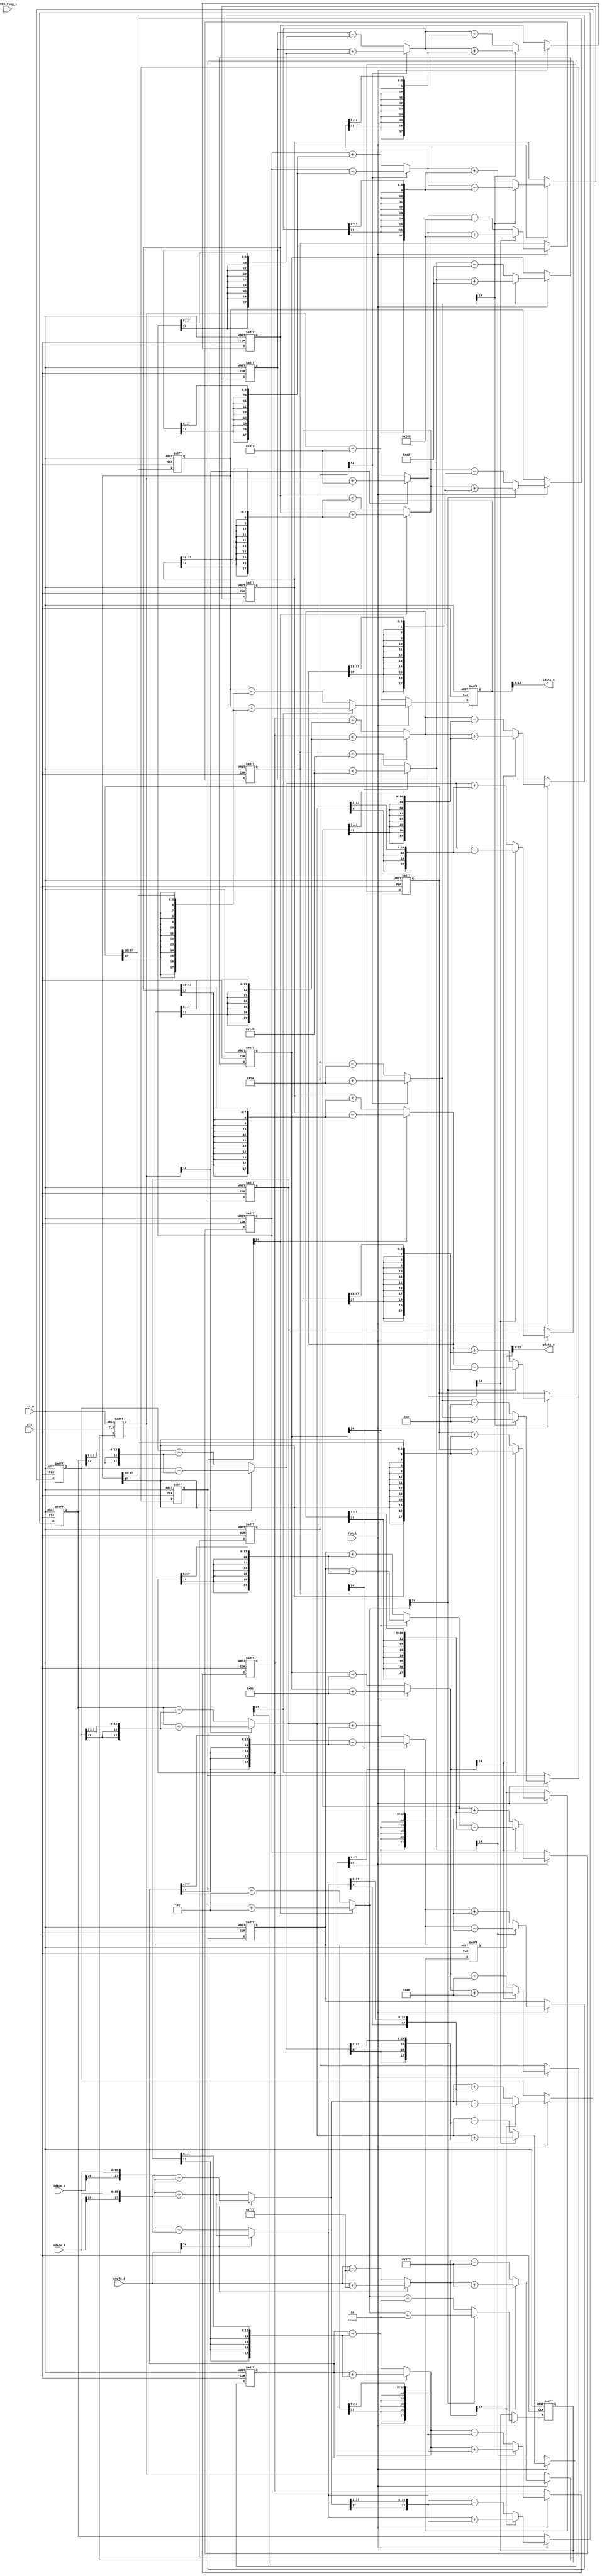
//-----------------------------------------------------------------------
// Description : 13 interations: tan(k) = 1/2^k, k = 0~12
//               product of all the cso approximatively equal to 1244/2048
//               angle positive:     clockwise, i' = cos * ( i + q*tan ), q' = cos * ( q - i*tan ), ' =  - (k)
//               angle negative: anticlockwise, i' = cos * ( i - q*tan ), q' = cos * ( q + i*tan ), ' =  + (k)
// Notes       : output 7 clocks behind input
//-----------------------------------------------------------------------
// Revision    : v0.1
//-----------------------------------------------------------------------

module CORDIC
(
    //reset and clock
    input   wire                    rst_n,
    input   wire                    clk,

    //if run == 0, pause
    input   wire                    run_i,

    //status
    input   wire                    r965_flag_i,

    //sc input
    input   wire    [16:0]          idata_i,
    input   wire    [16:0]          qdata_i,

    input   wire    [14:0]          angle_i,

    //sc output
    output  wire    [15:0]          idata_o,
    output  wire    [15:0]          qdata_o
);

//1 clk delay: rotate 1/2^0 and 1/2^1 -----------------------------------
wire    [17:0]      w_rot0_i_add_q;
wire    [17:0]      w_rot0_i_minus_q;
wire    [17:0]      w_rot0_q_add_i;
wire    [17:0]      w_rot0_q_minus_i;
wire    [14:0]      w_rot0_add_half;
wire    [14:0]      w_rot0_minus_half;
wire    [17:0]      w_rot0_i;
wire    [17:0]      w_rot0_q;
wire    [14:0]      w_rot0_angle;

wire    [17:0]      w_rot1_i_add_q;
wire    [17:0]      w_rot1_i_minus_q;
wire    [17:0]      w_rot1_q_add_i;
wire    [17:0]      w_rot1_q_minus_i;
wire    [14:0]      w_rot1_add_half;
wire    [14:0]      w_rot1_minus_half;
wire    [17:0]      w_rot1_i;
wire    [17:0]      w_rot1_q;
wire    [14:0]      w_rot1_angle;

reg     [17:0]      r_rot1_i;
reg     [17:0]      r_rot1_q;
reg     [14:0]      r_rot1_angle;

//rotate 1/2^0
assign  w_rot0_i_add_q      = {idata_i[16],idata_i} + {qdata_i[16],qdata_i};
assign  w_rot0_i_minus_q    = {idata_i[16],idata_i} - {qdata_i[16],qdata_i};
assign  w_rot0_q_add_i      = {qdata_i[16],qdata_i} + {idata_i[16],idata_i};
assign  w_rot0_q_minus_i    = {qdata_i[16],qdata_i} - {idata_i[16],idata_i};
assign  w_rot0_add_half     = angle_i + 15'd4095;
assign  w_rot0_minus_half   = angle_i - 15'd4095;
assign  w_rot0_i            = angle_i[14] ? w_rot0_i_add_q   : w_rot0_i_minus_q  ;
assign  w_rot0_q            = angle_i[14] ? w_rot0_q_minus_i : w_rot0_q_add_i    ;
assign  w_rot0_angle        = angle_i[14] ? w_rot0_add_half  : w_rot0_minus_half ;

//rotate 1/2^1
assign  w_rot1_i_add_q      = w_rot0_i + {w_rot0_q[17],w_rot0_q[17:1]};
assign  w_rot1_i_minus_q    = w_rot0_i - {w_rot0_q[17],w_rot0_q[17:1]};
assign  w_rot1_q_add_i      = w_rot0_q + {w_rot0_i[17],w_rot0_i[17:1]};
assign  w_rot1_q_minus_i    = w_rot0_q - {w_rot0_i[17],w_rot0_i[17:1]};
assign  w_rot1_add_half     = w_rot0_angle + 15'd2418;
assign  w_rot1_minus_half   = w_rot0_angle - 15'd2418;
assign  w_rot1_i            = w_rot0_angle[14] ? w_rot1_i_add_q   : w_rot1_i_minus_q  ;
assign  w_rot1_q            = w_rot0_angle[14] ? w_rot1_q_minus_i : w_rot1_q_add_i    ;
assign  w_rot1_angle        = w_rot0_angle[14] ? w_rot1_add_half  : w_rot1_minus_half ;

always @ ( posedge clk or negedge rst_n )
begin
    if ( ~rst_n )
    begin
        r_rot1_i        <= 18'd0;
        r_rot1_q        <= 18'd0;
        r_rot1_angle    <= 15'd0;
    end
    else if ( run_i )
    begin
        r_rot1_i        <= w_rot1_i;
        r_rot1_q        <= w_rot1_q;
        r_rot1_angle    <= w_rot1_angle;
    end
end

//2 clk delay: rotate 1/2^2 and 1/2^3 -----------------------------------
wire    [17:0]      w_rot2_i_add_q;
wire    [17:0]      w_rot2_i_minus_q;
wire    [17:0]      w_rot2_q_add_i;
wire    [17:0]      w_rot2_q_minus_i;
wire    [14:0]      w_rot2_add_half;
wire    [14:0]      w_rot2_minus_half;
wire    [17:0]      w_rot2_i;
wire    [17:0]      w_rot2_q;
wire    [14:0]      w_rot2_angle;

wire    [17:0]      w_rot3_i_add_q;
wire    [17:0]      w_rot3_i_minus_q;
wire    [17:0]      w_rot3_q_add_i;
wire    [17:0]      w_rot3_q_minus_i;
wire    [14:0]      w_rot3_add_half;
wire    [14:0]      w_rot3_minus_half;
wire    [17:0]      w_rot3_i;
wire    [17:0]      w_rot3_q;
wire    [14:0]      w_rot3_angle;

reg     [17:0]      r_rot3_i;
reg     [17:0]      r_rot3_q;
reg     [14:0]      r_rot3_angle;

//rotate 1/2^2
assign  w_rot2_i_add_q      = r_rot1_i + {{2{r_rot1_q[17]}},r_rot1_q[17:2]};
assign  w_rot2_i_minus_q    = r_rot1_i - {{2{r_rot1_q[17]}},r_rot1_q[17:2]};
assign  w_rot2_q_add_i      = r_rot1_q + {{2{r_rot1_i[17]}},r_rot1_i[17:2]};
assign  w_rot2_q_minus_i    = r_rot1_q - {{2{r_rot1_i[17]}},r_rot1_i[17:2]};
assign  w_rot2_add_half     = r_rot1_angle + 15'd1277;
assign  w_rot2_minus_half   = r_rot1_angle - 15'd1277;
assign  w_rot2_i            = r_rot1_angle[14] ? w_rot2_i_add_q   : w_rot2_i_minus_q  ;
assign  w_rot2_q            = r_rot1_angle[14] ? w_rot2_q_minus_i : w_rot2_q_add_i    ;
assign  w_rot2_angle        = r_rot1_angle[14] ? w_rot2_add_half  : w_rot2_minus_half ;

//rotate 1/2^3
assign  w_rot3_i_add_q      = w_rot2_i + {{3{w_rot2_q[17]}},w_rot2_q[17:3]};
assign  w_rot3_i_minus_q    = w_rot2_i - {{3{w_rot2_q[17]}},w_rot2_q[17:3]};
assign  w_rot3_q_add_i      = w_rot2_q + {{3{w_rot2_i[17]}},w_rot2_i[17:3]};
assign  w_rot3_q_minus_i    = w_rot2_q - {{3{w_rot2_i[17]}},w_rot2_i[17:3]};
assign  w_rot3_add_half     = w_rot2_angle + 15'd648;
assign  w_rot3_minus_half   = w_rot2_angle - 15'd648;
assign  w_rot3_i            = w_rot2_angle[14] ? w_rot3_i_add_q   : w_rot3_i_minus_q  ;
assign  w_rot3_q            = w_rot2_angle[14] ? w_rot3_q_minus_i : w_rot3_q_add_i    ;
assign  w_rot3_angle        = w_rot2_angle[14] ? w_rot3_add_half  : w_rot3_minus_half ;

always @ ( posedge clk or negedge rst_n )
begin
    if ( ~rst_n )
    begin
        r_rot3_i        <= 18'd0;
        r_rot3_q        <= 18'd0;
        r_rot3_angle    <= 15'd0;
    end
    else if ( run_i )
    begin
        r_rot3_i        <= w_rot3_i;
        r_rot3_q        <= w_rot3_q;
        r_rot3_angle    <= w_rot3_angle;
    end
end

//3 clk delay: rotate 1/2^4 and 1/2^5 -----------------------------------
wire    [17:0]      w_rot4_i_add_q;
wire    [17:0]      w_rot4_i_minus_q;
wire    [17:0]      w_rot4_q_add_i;
wire    [17:0]      w_rot4_q_minus_i;
wire    [14:0]      w_rot4_add_half;
wire    [14:0]      w_rot4_minus_half;
wire    [17:0]      w_rot4_i;
wire    [17:0]      w_rot4_q;
wire    [14:0]      w_rot4_angle;

wire    [17:0]      w_rot5_i_add_q;
wire    [17:0]      w_rot5_i_minus_q;
wire    [17:0]      w_rot5_q_add_i;
wire    [17:0]      w_rot5_q_minus_i;
wire    [14:0]      w_rot5_add_half;
wire    [14:0]      w_rot5_minus_half;
wire    [17:0]      w_rot5_i;
wire    [17:0]      w_rot5_q;
wire    [14:0]      w_rot5_angle;

reg     [17:0]      r_rot5_i;
reg     [17:0]      r_rot5_q;
reg     [14:0]      r_rot5_angle;

//rotate 1/2^4
assign  w_rot4_i_add_q      = r_rot3_i + {{4{r_rot3_q[17]}},r_rot3_q[17:4]};
assign  w_rot4_i_minus_q    = r_rot3_i - {{4{r_rot3_q[17]}},r_rot3_q[17:4]};
assign  w_rot4_q_add_i      = r_rot3_q + {{4{r_rot3_i[17]}},r_rot3_i[17:4]};
assign  w_rot4_q_minus_i    = r_rot3_q - {{4{r_rot3_i[17]}},r_rot3_i[17:4]};
assign  w_rot4_add_half     = r_rot3_angle + 15'd325;
assign  w_rot4_minus_half   = r_rot3_angle - 15'd325;
assign  w_rot4_i            = r_rot3_angle[14] ? w_rot4_i_add_q   : w_rot4_i_minus_q  ;
assign  w_rot4_q            = r_rot3_angle[14] ? w_rot4_q_minus_i : w_rot4_q_add_i    ;
assign  w_rot4_angle        = r_rot3_angle[14] ? w_rot4_add_half  : w_rot4_minus_half ;

//rotate 1/2^5
assign  w_rot5_i_add_q      = w_rot4_i + {{5{w_rot4_q[17]}},w_rot4_q[17:5]};
assign  w_rot5_i_minus_q    = w_rot4_i - {{5{w_rot4_q[17]}},w_rot4_q[17:5]};
assign  w_rot5_q_add_i      = w_rot4_q + {{5{w_rot4_i[17]}},w_rot4_i[17:5]};
assign  w_rot5_q_minus_i    = w_rot4_q - {{5{w_rot4_i[17]}},w_rot4_i[17:5]};
assign  w_rot5_add_half     = w_rot4_angle + 15'd162;
assign  w_rot5_minus_half   = w_rot4_angle - 15'd162;
assign  w_rot5_i            = w_rot4_angle[14] ? w_rot5_i_add_q   : w_rot5_i_minus_q  ;
assign  w_rot5_q            = w_rot4_angle[14] ? w_rot5_q_minus_i : w_rot5_q_add_i    ;
assign  w_rot5_angle        = w_rot4_angle[14] ? w_rot5_add_half  : w_rot5_minus_half ;

always @ ( posedge clk or negedge rst_n )
begin
    if ( ~rst_n )
    begin
        r_rot5_i        <= 18'd0;
        r_rot5_q        <= 18'd0;
        r_rot5_angle    <= 15'd0;
    end
    else if ( run_i )
    begin
        r_rot5_i        <= w_rot5_i;
        r_rot5_q        <= w_rot5_q;
        r_rot5_angle    <= w_rot5_angle;
    end
end

//4 clk delay: rotate 1/2^6 and 1/2^7 -----------------------------------
wire    [17:0]      w_rot6_i_add_q;
wire    [17:0]      w_rot6_i_minus_q;
wire    [17:0]      w_rot6_q_add_i;
wire    [17:0]      w_rot6_q_minus_i;
wire    [14:0]      w_rot6_add_half;
wire    [14:0]      w_rot6_minus_half;
wire    [17:0]      w_rot6_i;
wire    [17:0]      w_rot6_q;
wire    [14:0]      w_rot6_angle;

wire    [17:0]      w_rot7_i_add_q;
wire    [17:0]      w_rot7_i_minus_q;
wire    [17:0]      w_rot7_q_add_i;
wire    [17:0]      w_rot7_q_minus_i;
wire    [14:0]      w_rot7_add_half;
wire    [14:0]      w_rot7_minus_half;
wire    [17:0]      w_rot7_i;
wire    [17:0]      w_rot7_q;
wire    [14:0]      w_rot7_angle;

reg     [17:0]      r_rot7_i;
reg     [17:0]      r_rot7_q;
reg     [14:0]      r_rot7_angle;

//rotate 1/2^6
assign  w_rot6_i_add_q      = r_rot5_i + {{6{r_rot5_q[17]}},r_rot5_q[17:6]};
assign  w_rot6_i_minus_q    = r_rot5_i - {{6{r_rot5_q[17]}},r_rot5_q[17:6]};
assign  w_rot6_q_add_i      = r_rot5_q + {{6{r_rot5_i[17]}},r_rot5_i[17:6]};
assign  w_rot6_q_minus_i    = r_rot5_q - {{6{r_rot5_i[17]}},r_rot5_i[17:6]};
assign  w_rot6_add_half     = r_rot5_angle + 15'd81;
assign  w_rot6_minus_half   = r_rot5_angle - 15'd81;
assign  w_rot6_i            = r_rot5_angle[14] ? w_rot6_i_add_q   : w_rot6_i_minus_q  ;
assign  w_rot6_q            = r_rot5_angle[14] ? w_rot6_q_minus_i : w_rot6_q_add_i    ;
assign  w_rot6_angle        = r_rot5_angle[14] ? w_rot6_add_half  : w_rot6_minus_half ;

//rotate 1/2^7
assign  w_rot7_i_add_q      = w_rot6_i + {{7{w_rot6_q[17]}},w_rot6_q[17:7]};
assign  w_rot7_i_minus_q    = w_rot6_i - {{7{w_rot6_q[17]}},w_rot6_q[17:7]};
assign  w_rot7_q_add_i      = w_rot6_q + {{7{w_rot6_i[17]}},w_rot6_i[17:7]};
assign  w_rot7_q_minus_i    = w_rot6_q - {{7{w_rot6_i[17]}},w_rot6_i[17:7]};
assign  w_rot7_add_half     = w_rot6_angle + 15'd40;
assign  w_rot7_minus_half   = w_rot6_angle - 15'd40;
assign  w_rot7_i            = w_rot6_angle[14] ? w_rot7_i_add_q   : w_rot7_i_minus_q  ;
assign  w_rot7_q            = w_rot6_angle[14] ? w_rot7_q_minus_i : w_rot7_q_add_i    ;
assign  w_rot7_angle        = w_rot6_angle[14] ? w_rot7_add_half  : w_rot7_minus_half ;

always @ ( posedge clk or negedge rst_n )
begin
    if ( ~rst_n )
    begin
        r_rot7_i        <= 18'd0;
        r_rot7_q        <= 18'd0;
        r_rot7_angle    <= 15'd0;
    end
    else if ( run_i )
    begin
        r_rot7_i        <= w_rot7_i;
        r_rot7_q        <= w_rot7_q;
        r_rot7_angle    <= w_rot7_angle;
    end
end

//5 clk delay: rotate 1/2^8 and 1/2^9 -----------------------------------
wire    [17:0]      w_rot8_i_add_q;
wire    [17:0]      w_rot8_i_minus_q;
wire    [17:0]      w_rot8_q_add_i;
wire    [17:0]      w_rot8_q_minus_i;
wire    [14:0]      w_rot8_add_half;
wire    [14:0]      w_rot8_minus_half;
wire    [17:0]      w_rot8_i;
wire    [17:0]      w_rot8_q;
wire    [14:0]      w_rot8_angle;

wire    [17:0]      w_rot9_i_add_q;
wire    [17:0]      w_rot9_i_minus_q;
wire    [17:0]      w_rot9_q_add_i;
wire    [17:0]      w_rot9_q_minus_i;
wire    [14:0]      w_rot9_add_half;
wire    [14:0]      w_rot9_minus_half;
wire    [17:0]      w_rot9_i;
wire    [17:0]      w_rot9_q;
wire    [14:0]      w_rot9_angle;

reg     [17:0]      r_rot9_i;
reg     [17:0]      r_rot9_q;
reg     [14:0]      r_rot9_angle;

//rotate 1/2^8
assign  w_rot8_i_add_q      = r_rot7_i + {{8{r_rot7_q[17]}},r_rot7_q[17:8]};
assign  w_rot8_i_minus_q    = r_rot7_i - {{8{r_rot7_q[17]}},r_rot7_q[17:8]};
assign  w_rot8_q_add_i      = r_rot7_q + {{8{r_rot7_i[17]}},r_rot7_i[17:8]};
assign  w_rot8_q_minus_i    = r_rot7_q - {{8{r_rot7_i[17]}},r_rot7_i[17:8]};
assign  w_rot8_add_half     = r_rot7_angle + 15'd20;
assign  w_rot8_minus_half   = r_rot7_angle - 15'd20;
assign  w_rot8_i            = r_rot7_angle[14] ? w_rot8_i_add_q   : w_rot8_i_minus_q  ;
assign  w_rot8_q            = r_rot7_angle[14] ? w_rot8_q_minus_i : w_rot8_q_add_i    ;
assign  w_rot8_angle        = r_rot7_angle[14] ? w_rot8_add_half  : w_rot8_minus_half ;

//rotate 1/2^9
assign  w_rot9_i_add_q      = w_rot8_i + {{9{w_rot8_q[17]}},w_rot8_q[17:9]};
assign  w_rot9_i_minus_q    = w_rot8_i - {{9{w_rot8_q[17]}},w_rot8_q[17:9]};
assign  w_rot9_q_add_i      = w_rot8_q + {{9{w_rot8_i[17]}},w_rot8_i[17:9]};
assign  w_rot9_q_minus_i    = w_rot8_q - {{9{w_rot8_i[17]}},w_rot8_i[17:9]};
assign  w_rot9_add_half     = w_rot8_angle + 15'd10;
assign  w_rot9_minus_half   = w_rot8_angle - 15'd10;
assign  w_rot9_i            = w_rot8_angle[14] ? w_rot9_i_add_q   : w_rot9_i_minus_q  ;
assign  w_rot9_q            = w_rot8_angle[14] ? w_rot9_q_minus_i : w_rot9_q_add_i    ;
assign  w_rot9_angle        = w_rot8_angle[14] ? w_rot9_add_half  : w_rot9_minus_half ;

always @ ( posedge clk or negedge rst_n )
begin
    if ( ~rst_n )
    begin
        r_rot9_i        <= 18'd0;
        r_rot9_q        <= 18'd0;
        r_rot9_angle    <= 15'd0;
    end
    else if ( run_i )
    begin
        r_rot9_i        <= w_rot9_i;
        r_rot9_q        <= w_rot9_q;
        r_rot9_angle    <= w_rot9_angle;
    end
end

//6 clk delay: rotate 1/2^10 and 1/2^11 ---------------------------------
wire    [17:0]      w_rot10_i_add_q;
wire    [17:0]      w_rot10_i_minus_q;
wire    [17:0]      w_rot10_q_add_i;
wire    [17:0]      w_rot10_q_minus_i;
wire    [14:0]      w_rot10_add_half;
wire    [14:0]      w_rot10_minus_half;
wire    [17:0]      w_rot10_i;
wire    [17:0]      w_rot10_q;
wire    [14:0]      w_rot10_angle;

wire    [17:0]      w_rot11_i_add_q;
wire    [17:0]      w_rot11_i_minus_q;
wire    [17:0]      w_rot11_q_add_i;
wire    [17:0]      w_rot11_q_minus_i;
wire    [14:0]      w_rot11_add_half;
wire    [14:0]      w_rot11_minus_half;
wire    [17:0]      w_rot11_i;
wire    [17:0]      w_rot11_q;
wire    [14:0]      w_rot11_angle;

reg     [17:0]      r_rot11_i;
reg     [17:0]      r_rot11_q;
reg     [14:0]      r_rot11_angle;

//rotate 1/2^10
assign  w_rot10_i_add_q     = r_rot9_i + {{10{r_rot9_q[17]}},r_rot9_q[17:10]};
assign  w_rot10_i_minus_q   = r_rot9_i - {{10{r_rot9_q[17]}},r_rot9_q[17:10]};
assign  w_rot10_q_add_i     = r_rot9_q + {{10{r_rot9_i[17]}},r_rot9_i[17:10]};
assign  w_rot10_q_minus_i   = r_rot9_q - {{10{r_rot9_i[17]}},r_rot9_i[17:10]};
assign  w_rot10_add_half    = r_rot9_angle + 15'd5;
assign  w_rot10_minus_half  = r_rot9_angle - 15'd5;
assign  w_rot10_i           = r_rot9_angle[14] ? w_rot10_i_add_q   : w_rot10_i_minus_q  ;
assign  w_rot10_q           = r_rot9_angle[14] ? w_rot10_q_minus_i : w_rot10_q_add_i    ;
assign  w_rot10_angle       = r_rot9_angle[14] ? w_rot10_add_half  : w_rot10_minus_half ;

//rotate 1/2^11
assign  w_rot11_i_add_q     = w_rot10_i + {{11{w_rot10_q[17]}},w_rot10_q[17:11]};
assign  w_rot11_i_minus_q   = w_rot10_i - {{11{w_rot10_q[17]}},w_rot10_q[17:11]};
assign  w_rot11_q_add_i     = w_rot10_q + {{11{w_rot10_i[17]}},w_rot10_i[17:11]};
assign  w_rot11_q_minus_i   = w_rot10_q - {{11{w_rot10_i[17]}},w_rot10_i[17:11]};
assign  w_rot11_add_half    = w_rot10_angle + 15'd2;
assign  w_rot11_minus_half  = w_rot10_angle - 15'd2;
assign  w_rot11_i           = w_rot10_angle[14] ? w_rot11_i_add_q   : w_rot11_i_minus_q  ;
assign  w_rot11_q           = w_rot10_angle[14] ? w_rot11_q_minus_i : w_rot11_q_add_i    ;
assign  w_rot11_angle       = w_rot10_angle[14] ? w_rot11_add_half  : w_rot11_minus_half ;

always @ ( posedge clk or negedge rst_n )
begin
    if ( ~rst_n )
    begin
        r_rot11_i        <= 18'd0;
        r_rot11_q        <= 18'd0;
        r_rot11_angle    <= 15'd0;
    end
    else if ( run_i )
    begin
        r_rot11_i        <= w_rot11_i;
        r_rot11_q        <= w_rot11_q;
        r_rot11_angle    <= w_rot11_angle;
    end
end

//7 clk delay: rotate 1/2^12 --------------------------------------------
wire    [17:0]      w_rot12_i_add_q;
wire    [17:0]      w_rot12_i_minus_q;
wire    [17:0]      w_rot12_q_add_i;
wire    [17:0]      w_rot12_q_minus_i;
wire    [17:0]      w_rot12_i;
wire    [17:0]      w_rot12_q;

reg     [17:0]      r_rot12_i;
reg     [17:0]      r_rot12_q;

//rotate 1/2^12
assign  w_rot12_i_add_q     = r_rot11_i + {{12{r_rot11_q[17]}},r_rot11_q[17:12]};
assign  w_rot12_i_minus_q   = r_rot11_i - {{12{r_rot11_q[17]}},r_rot11_q[17:12]};
assign  w_rot12_q_add_i     = r_rot11_q + {{12{r_rot11_i[17]}},r_rot11_i[17:12]};
assign  w_rot12_q_minus_i   = r_rot11_q - {{12{r_rot11_i[17]}},r_rot11_i[17:12]};
assign  w_rot12_i           = r_rot11_angle[14] ? w_rot12_i_add_q   : w_rot12_i_minus_q;
assign  w_rot12_q           = r_rot11_angle[14] ? w_rot12_q_minus_i : w_rot12_q_add_i;

always @ ( posedge clk or negedge rst_n )
begin
    if ( ~rst_n )
    begin
        r_rot12_i        <= 18'd0;
        r_rot12_q        <= 18'd0;
    end
    else if ( run_i )
    begin
        r_rot12_i        <= w_rot12_i;
        r_rot12_q        <= w_rot12_q;
    end
end

//output ----------------------------------------------------------------

assign idata_o = r_rot12_i;
assign qdata_o = r_rot12_q;


endmodule